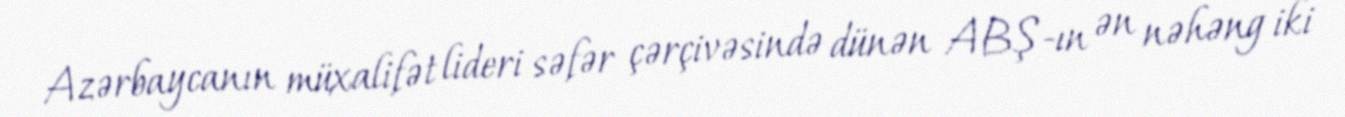
Azərbaycanın müxalifət lideri səfər çərçivəsində dünən ABŞ-ın ən nəhəng iki